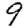
Digit: 9